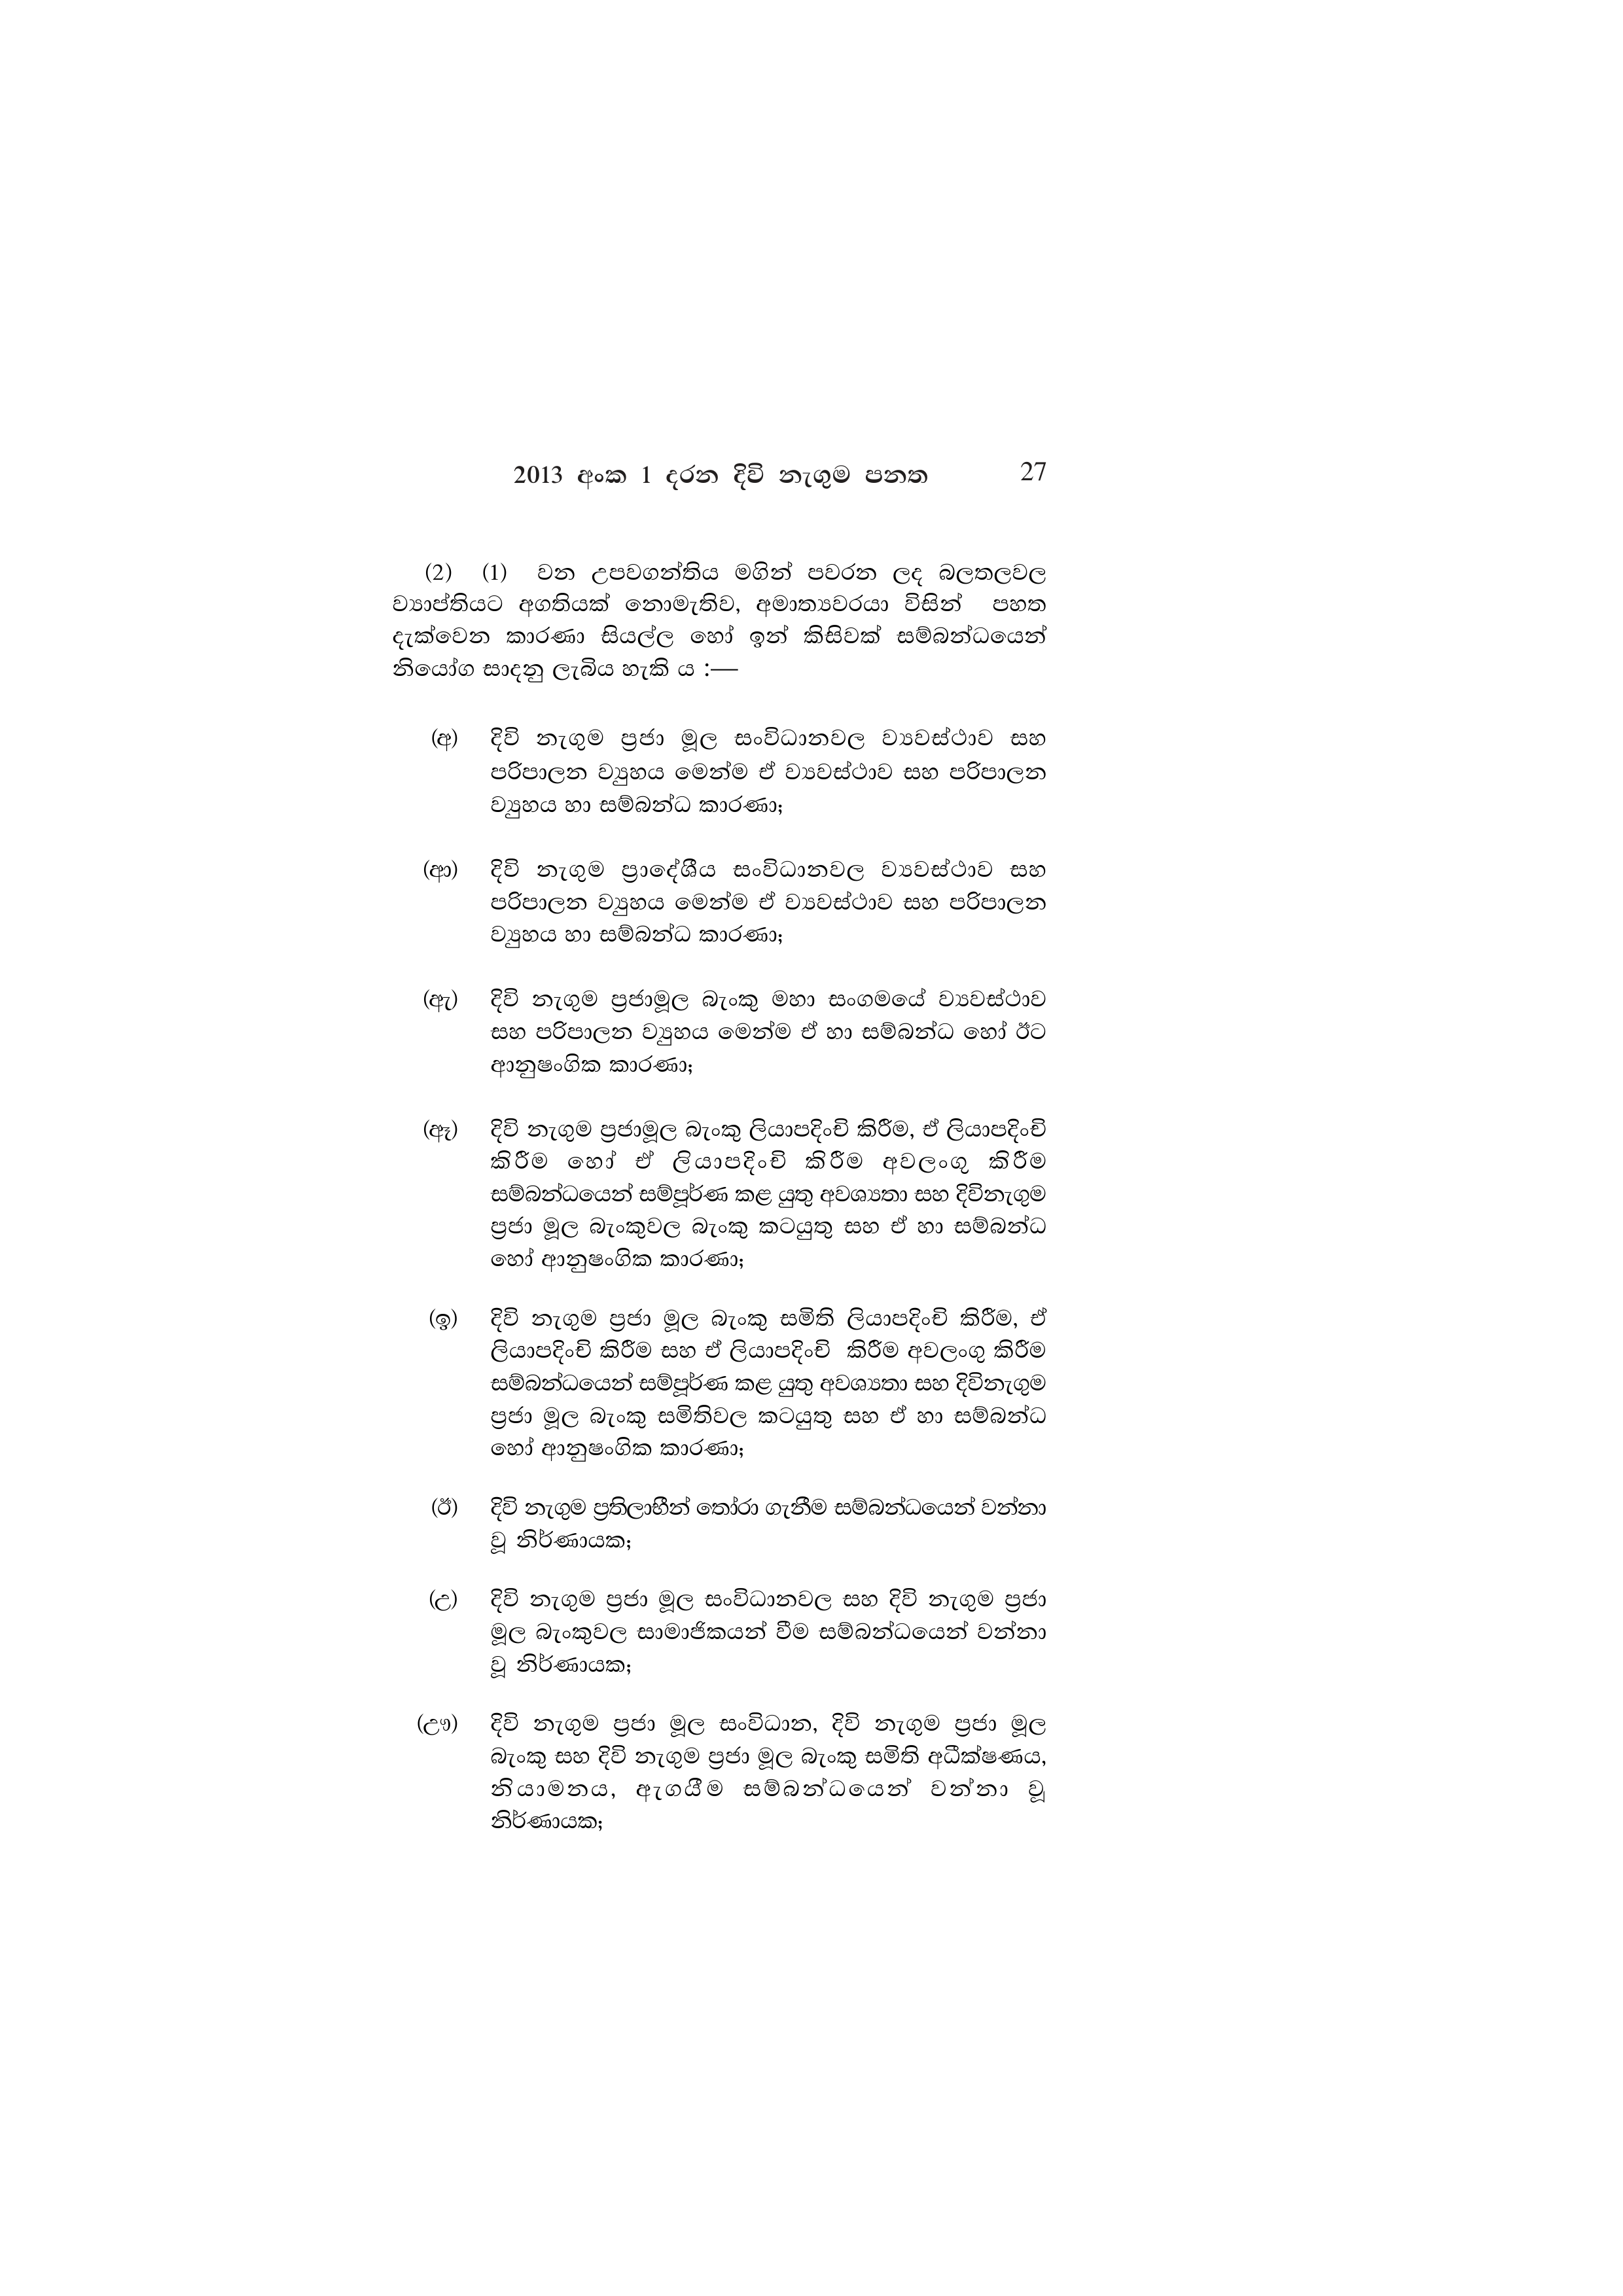
2013 අංක 1 දරන දිවි නැගුම පනත 27

(2) (1) වන උපවගන්තිය මගින් පවරන ලද බලතලවල
ව්‍යාප්තියට අගතියක් නොමැතිව, අමාත්‍යවරයා විසින් පහත
දැක්වෙන කාරණා සියල්ල හෝ ඉන් කිසිවක් සම්බන්ධයෙන්
නියෝග සාදනු ලැබිය හැකි ය :-

(අ) දිවි නැගුම ප්‍රජා මූල සංවිධානවල ව්‍යවස්ථාව සහ
පරිපාලන ව්‍යුහය මෙන්ම ඒ ව්‍යවස්ථාව සහ පරිපාලන
ව්‍යුහය හා සම්බන්ධ කාරණා;

(ආ) දිවි නැගුම ප්‍රාදේශීය සංවිධානවල ව්‍යවස්ථාව සහ
පරිපාලන ව්‍යුහය මෙන්ම ඒ ව්‍යවස්ථාව සහ පරිපාලන
ව්‍යුහය හා සම්බන්ධ කාරණා;

(ඇ) දිවි නැගුම ප්‍රජාමූල බැංකු මහා සංගමයේ ව්‍යවස්ථාව
සහ පරිපාලන ව්‍යුහය මෙන්ම ඒ හා සම්බන්ධ හෝ ඊට
ආනුෂංගික කාරණා;

(ඈ) දිවි නැගුම ප්‍රජාමූල බැංකු ලියාපදිංචි කිරීම, ඒ ලියාපදිංචි
කිරීම හෝ ඒ ලියාපදිංචි කිරීම අවලංගු කිරීම
සම්බන්ධයෙන් සම්පූර්ණ කළ යුතු අවශ්‍යතා සහ දිවිනැගුම
ප්‍රජා මූල බැංකුවල බැංකු කටයුතු සහ ඒ හා සම්බන්ධ
හෝ ආනුෂංගික කාරණා;

(ඉ) දිවි නැගුම ප්‍රජා මූල බැංකු සමිති ලියාපදිංචි කිරීම, ඒ
ලියාපදිංචි කිරීම සහ ඒ ලියාපදිංචි කිරීම අවලංගු කිරීම
සම්බන්ධයෙන් සම්පූර්ණ කළ යුතු අවශ්‍යතා සහ දිවිනැගුම
ප්‍රජා මූල බැංකු සමිතිවල කටයුතු සහ ඒ හා සම්බන්ධ
හෝ ආනුෂංගික කාරණා;

(ඊ) දිවි නැගුම ප්‍රතිලාභීන් තෝරා ගැනීම සම්බන්ධයෙන් වන්නා
වූ නිර්ණායක;

(උ) දිවි නැගුම ප්‍රජා මූල සංවිධානවල සහ දිවි නැගුම ප්‍රජා
මූල බැංකුවල සාමාජිකයන් වීම සම්බන්ධයෙන් වන්නා
වූ නිර්ණායක;

(ඌ) දිවි නැගුම ප්‍රජා මූල සංවිධාන, දිවි නැගුම ප්‍රජා මූල
බැංකු සහ දිවි නැගුම ප්‍රජා මූල බැංකු සමිති අධීක්ෂණය,
නියාමනය, ඇගයීම සම්බන්ධයෙන් වන්නා වූ
නිර්ණායක;